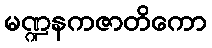
မဏ္ဍနကဇာတိကော